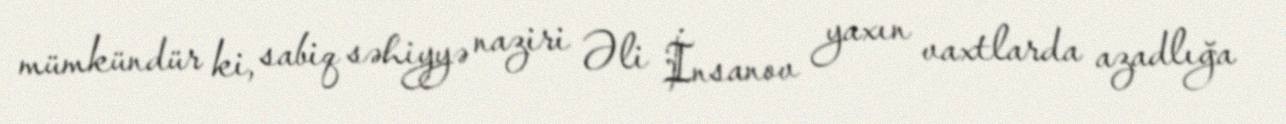
mümkündür ki, sabiq səhiyyə naziri Əli İnsanov yaxın vaxtlarda azadlığa